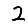
Digit: 2